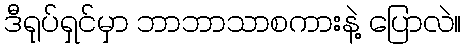
ဒီရုပ်ရှင်မှာ ဘာဘာသာစကားနဲ့ ပြောလဲ။